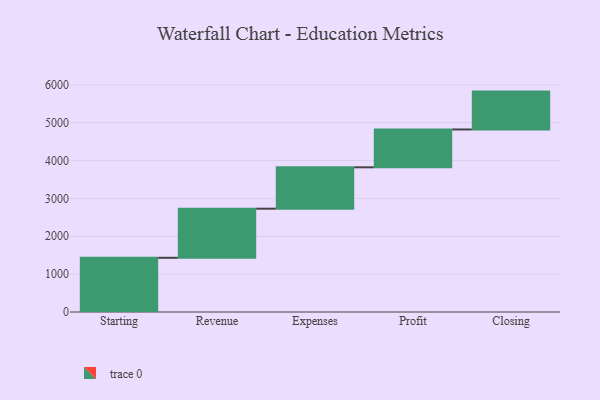
{"axis": {"x": "Step", "y": "Value"}, "legend": [""], "data": [{"x": "Starting", "y": 1432.0, "type": ""}, {"x": "Revenue", "y": 1297.0, "type": ""}, {"x": "Expenses", "y": 1093.0, "type": ""}, {"x": "Profit", "y": 1000, "type": ""}, {"x": "Closing", "y": 1000, "type": ""}]}